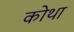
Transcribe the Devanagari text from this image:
कोथा